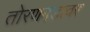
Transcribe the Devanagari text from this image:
तोरणगडावर